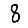
Digit: 8